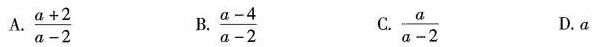
A. $$\frac { a + 2 } { a - 2 }$$ B. $$\frac { a - 4 } { a - 2 }$$ C.$$\frac { a } { a - 2 }$$ D.a